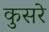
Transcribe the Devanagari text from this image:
कुसरे